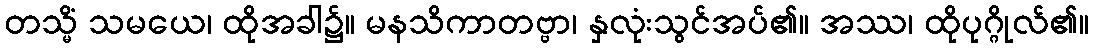
တသ္မိံ သမယေ၊ ထိုအခါ၌။ မနသိကာတဗ္ဗာ၊ နှလုံးသွင်အပ်၏။ အဿ၊ ထိုပုဂ္ဂိုလ်၏။